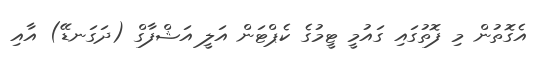
އެގޮތުން މި ފޮތުގައި ގައުމީ ޓީމުގެ ކެޕްޓަން އަލީ އަޝްފާގް (ދަގަނޑޭ) އާއި